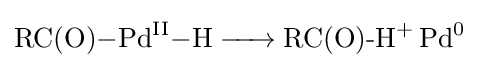
{\ce {RC(O)-Pd^{II}-H -> {RC(O)-H}+ Pd^0}}